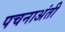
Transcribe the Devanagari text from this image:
पचनाअंती